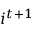
i ^ { t + 1 }